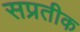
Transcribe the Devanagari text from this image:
सप्रतीक